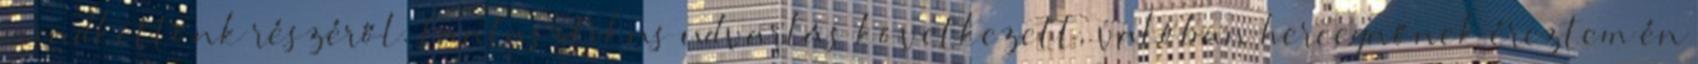
mindkettőnk részéről. Fantasztikus udvarlás következett, valóban hercegnőnek éreztem én